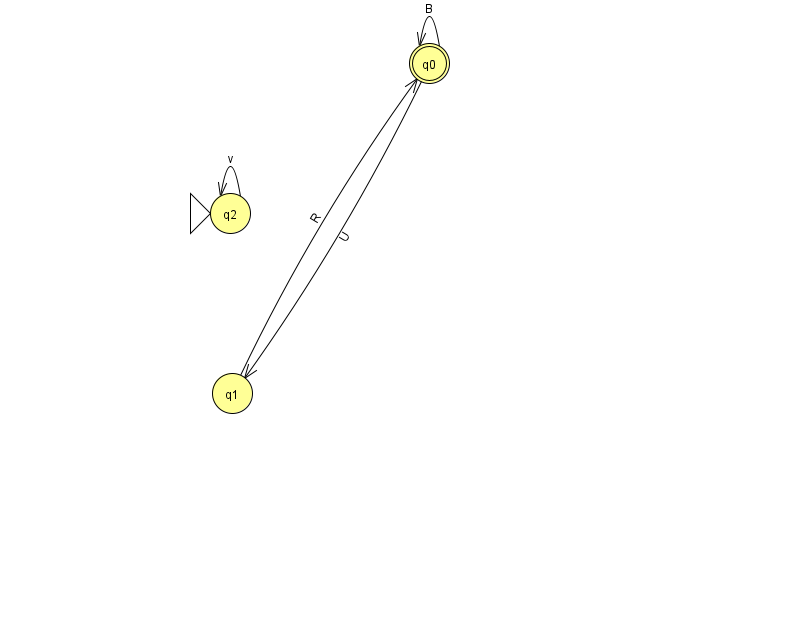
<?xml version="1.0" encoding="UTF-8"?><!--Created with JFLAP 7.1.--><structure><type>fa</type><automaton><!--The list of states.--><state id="0" name="q0"><x>429.0</x><y>50.0</y><final/></state><state id="1" name="q1"><x>232.0</x><y>380.0</y></state><state id="2" name="q2"><x>230.0</x><y>200.0</y><initial/></state><!--The list of transitions.--><transition><from>1</from><to>0</to><read>R</read></transition><transition><from>0</from><to>0</to><read>B</read></transition><transition><from>0</from><to>1</to><read>U</read></transition><transition><from>2</from><to>2</to><read>v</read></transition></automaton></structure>